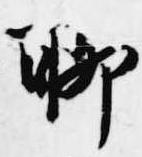
聊